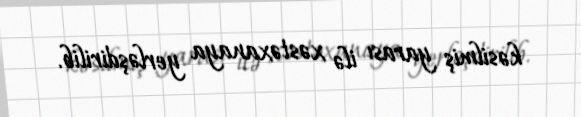
kəsilmiş yarası ilə xəstəxanaya yerləşdirilib.